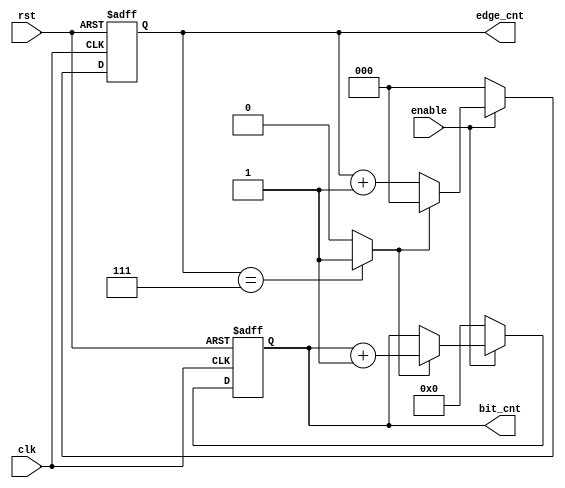
module edge_bit_counter (
    input wire       clk           ,
    input wire       rst           ,
    input wire       enable        ,
    output reg [3:0] bit_cnt       ,
    output reg [2:0] edge_cnt 
);
wire edge_cnt_done ;
//edge counter
always @(posedge clk or negedge rst ) begin
    if (!rst) begin
        edge_cnt<='b0;
    end
    else if (enable) begin
        if (edge_cnt_done) begin
            edge_cnt<='b0;
        end else begin
            edge_cnt<=edge_cnt+1'b1;
        end

    end
    else begin
        edge_cnt<='b0;
    end 
end
assign edge_cnt_done= (edge_cnt==3'b111) ? 1'b1 :1'b0;
//bit counter
always @(posedge clk or negedge rst ) begin
    if (!rst) begin
        bit_cnt<='b0;
    end 
    else if (enable) begin
        if (edge_cnt_done) begin
            bit_cnt<=bit_cnt+1'b1;
        end
    end
    else begin
        bit_cnt<='b0;
    end
end

    
endmodule